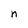
Character: n